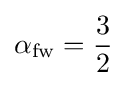
\alpha _{\text{fw}}={\frac {3}{2}}